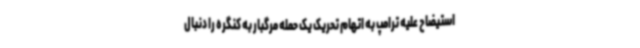
استیضاح علیه ترامپ به اتهام تحریک یک حمله مرگبار به کنگره را دنبال